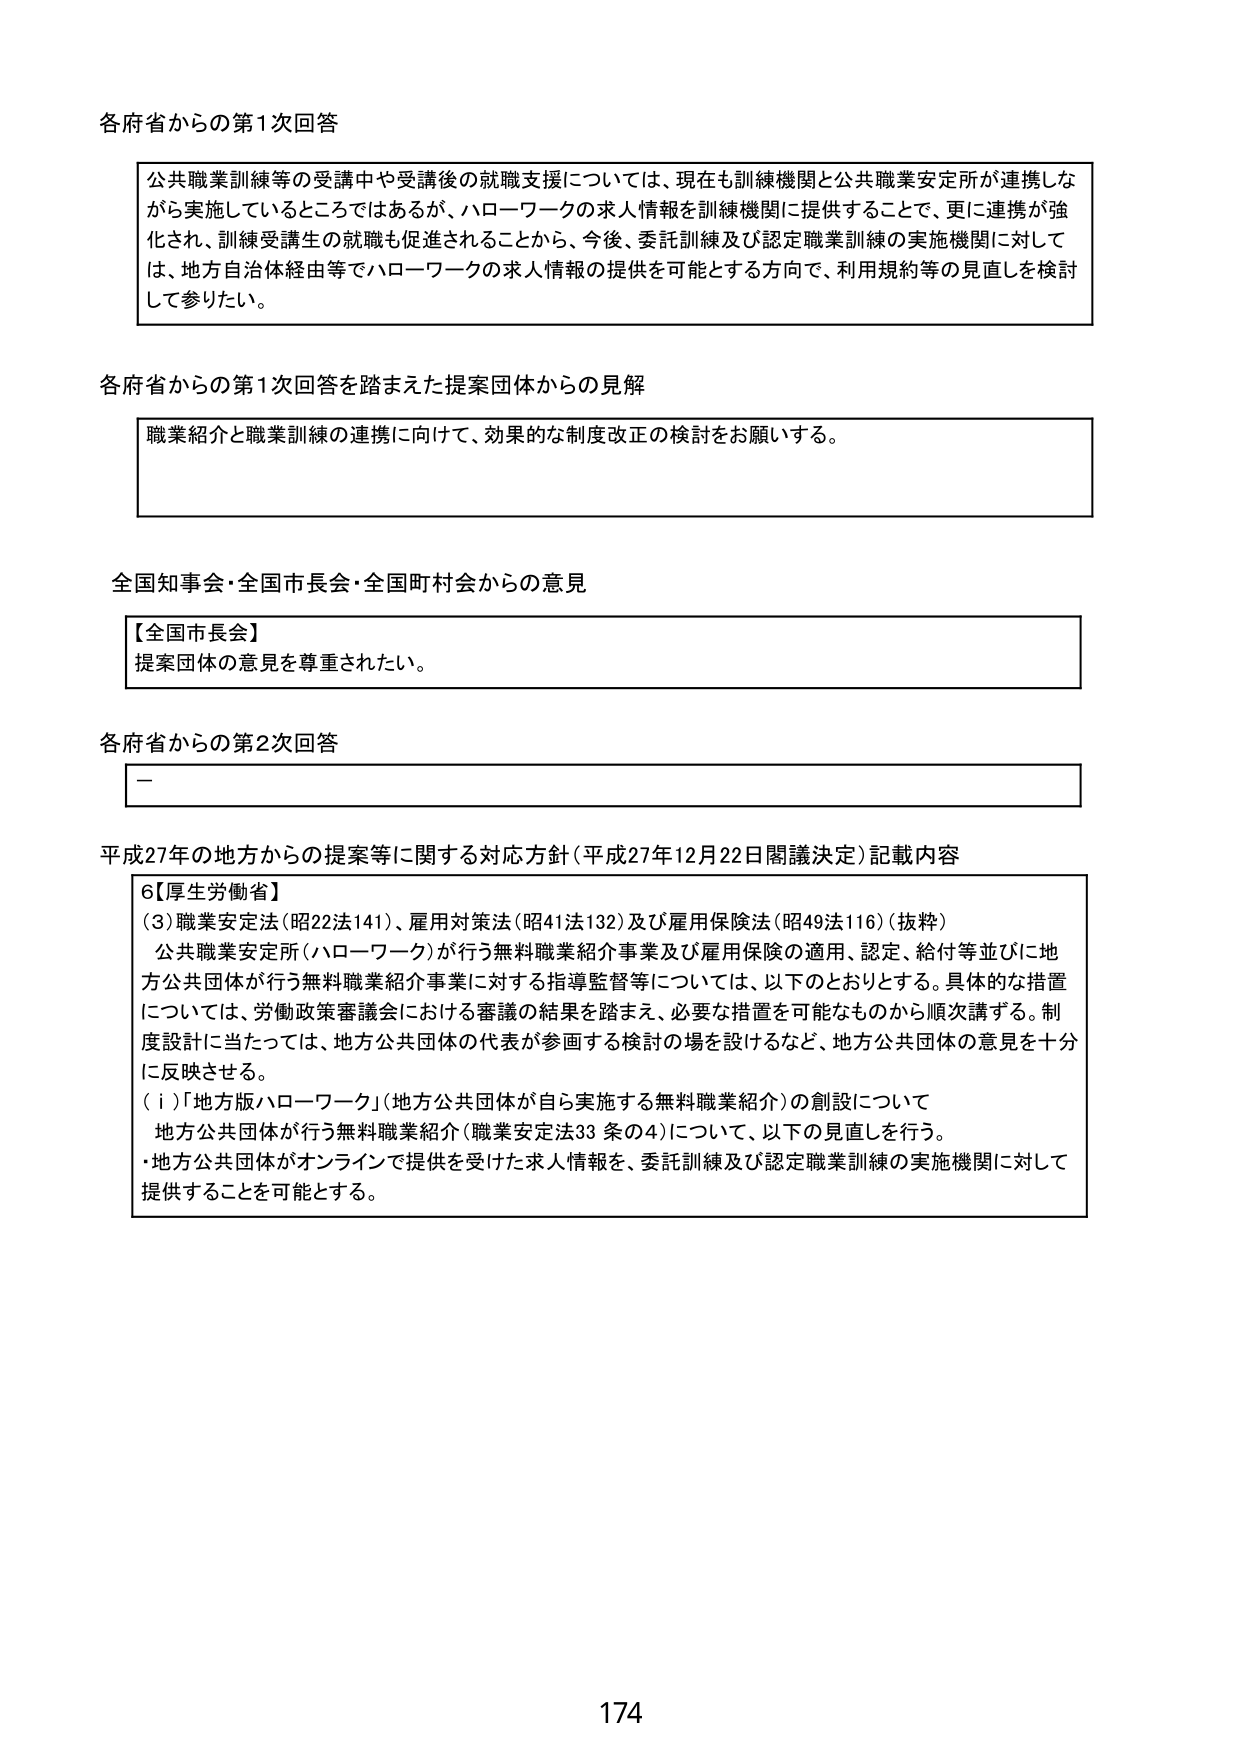
各府省からの第1次回答

公共職業訓練等の受講中や受講後の就職支援については、現在も訓練機関と公共職業安定所が連携しながら実施しているところではあるが、ハローワークの求人情報を訓練機関に提供することで、更に連携が強化され、訓練受講生の就職も促進されることから、今後、委託訓練及び認定職業訓練の実施機関に対しては、地方自治体経由等でハローワークの求人情報の提供を可能とする方向で、利用規約等の見直しを検討して参りたい。

各府省からの第1次回答を踏まえた提案団体からの見解

職業紹介と職業訓練の連携に向けて、効果的な制度改正の検討をお願いする。

全国知事会・全国市長会・全国町村会からの意見

【全国市長会】
提案団体の意見を尊重されたい。

各府省からの第2次回答

－

平成27年の地方からの提案等に関する対応方針（平成27年12月22日閣議決定）記載内容

6【厚生労働省】
（3）職業安定法（昭22法141）、雇用対策法（昭41法132）及び雇用保険法（昭49法116）（抜粋）
公共職業安定所（ハローワーク）が行う無料職業紹介事業及び雇用保険の適用、認定、給付等並びに地方公共団体が行う無料職業紹介事業に対する指導監督等については、以下のとおりとする。具体的な措置については、労働政策審議会における審議の結果を踏まえ、必要な措置を可能なものから順次講ずる。制度設計に当たっては、地方公共団体の代表が参画する検討の場を設けるなど、地方公共団体の意見を十分に反映させる。
（ⅰ）「地方版ハローワーク」（地方公共団体が自ら実施する無料職業紹介）の創設について
地方公共団体が行う無料職業紹介（職業安定法33条の4）について、以下の見直しを行う。
・地方公共団体がオンラインで提供を受けた求人情報を、委託訓練及び認定職業訓練の実施機関に対して提供することを可能とする。

174